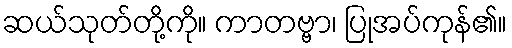
ဆယ်သုတ်တို့ကို။ ကာတဗ္ဗာ၊ ပြုအပ်ကုန်၏။